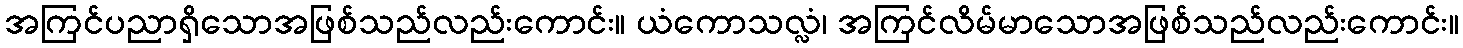
အကြင်ပညာရှိသောအဖြစ်သည်လည်းကောင်း။ ယံကောသလ္လံ၊ အကြင်လိမ်မာသောအဖြစ်သည်လည်းကောင်း။